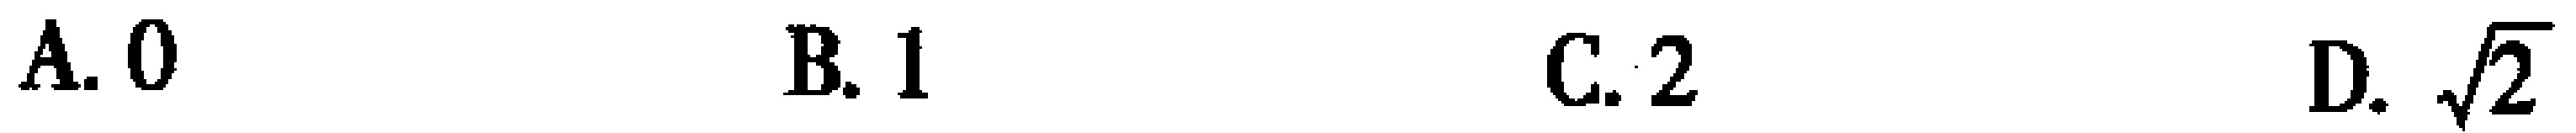
A. \(0\)  B. \(1\)  C. \(2\)  D. \(\sqrt{2}\)